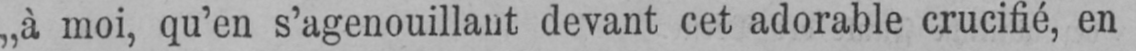
„à moi, qu’en s’agenouillant devant cet adorable crucifié, en